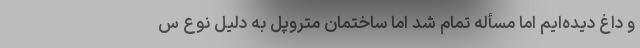
و داغ دیده‌ایم اما مسأله تمام شد اما ساختمان متروپل به دلیل نوع س